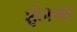
ફોકનર